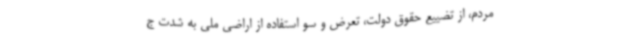
مردم، از تضییع حقوق دولت، تعرض و سو استفاده از اراضی ملی به شدت ج